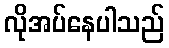
လိုအပ်နေပါသည်